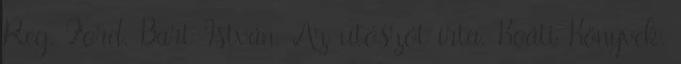
Reg. Ford. Bart István. Az utószót írta. Koáti Könyvek.